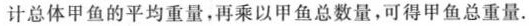
计总体甲鱼的平均重量，再乘以甲鱼总数量，可得甲鱼总重量。